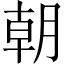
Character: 朝